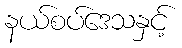
နယ်စပ်ဒေသနှင့်